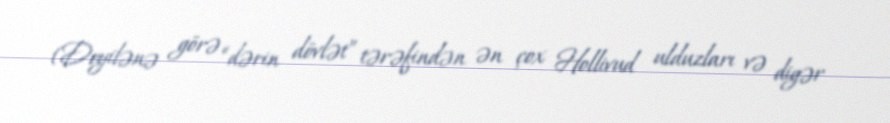
(Deyilənə görə “dərin dövlət” tərəfindən ən çox Hollivud ulduzları və digər